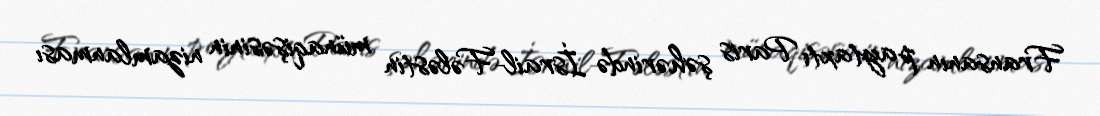
Fransanın paytaxtı Paris şəhərində İsrail-Fələstin münaqişəsinin nizamlanması